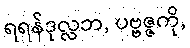
ရရန်ဒုလ္လဘ, ပဗ္ဗဇ္ဇကို,